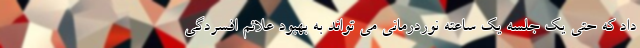
داد که حتی یک جلسه یک ساعته نوردرمانی می تواند به بهبود علائم افسردگی